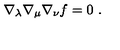
\nabla _ { \lambda } \nabla _ { \mu } \nabla _ { \nu } f = 0 \ .